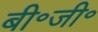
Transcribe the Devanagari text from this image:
बी॰जी॰